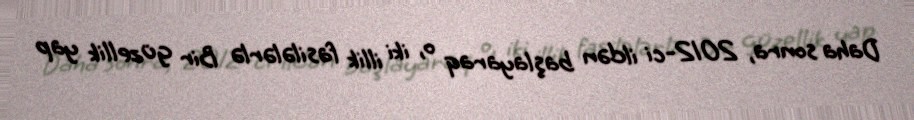
Daha sonra, 2012-ci ildən başlayaraq o, iki illik fasilələrlə Bir güzellik yap